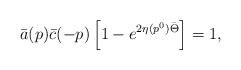
LaTeX: \begin{align*}\bar{a}(p)\bar{c}(-p)\left[1- e^{2\eta(p^0)\bar{\Theta}}\right]=1,\end{align*}